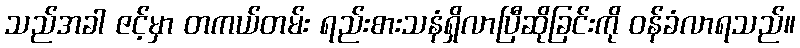
သည်အခါ ဇင့်မှာ တကယ်တမ်း ရည်းစားသနံရှိလာပြီဆိုခြင်းကို ဝန်ခံလာရသည်။